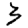
Digit: 3